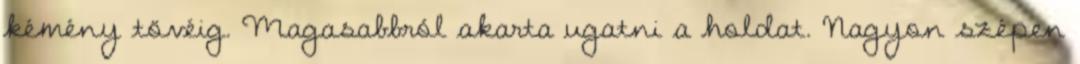
kémény tövéig. Magasabbról akarta ugatni a holdat. Nagyon szépen